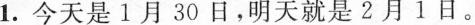
1.今天是1月30日，明天就是2月1日。